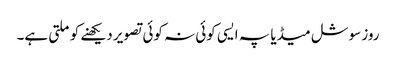
روز سوشل میڈیا پہ ایسی کوئی نہ کوئی تصویر دیکھنے کو ملتی ہے۔